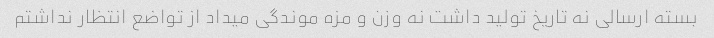
بسته ارسالی نه تاریخ تولید داشت نه وزن و مزه موندگی میداد از تواضع انتظار نداشتم